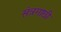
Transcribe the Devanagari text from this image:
संत्रगाछी